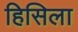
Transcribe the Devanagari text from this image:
हिसिला